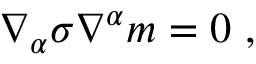
\nabla _ { \alpha } \sigma \nabla ^ { \alpha } m = 0 ~ ,